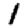
Digit: 1